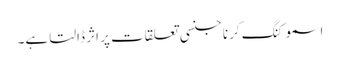
اسموکنگ کرنا جنسی تعلقات پر اثر ڈالتا ہے۔